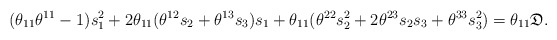
\begin{align*} (\theta_{11} \theta^{11} - 1) s_1^2 + 2\theta_{11} (\theta^{12} s_2 + \theta^{13} s_3) s_1 + \theta_{11}(\theta^{22} s_2^2+2\theta^{23} s_2 s_3+\theta^{33} s_3^2)= \theta_{11} \mathfrak{D}.\end{align*}